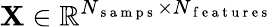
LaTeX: \mathbf{X}\in\mathbb{R}^{N_{\mathrm{~s~a~m~p~s~}}\times N_{\mathrm{~f~e~a~t~u~r~e~s~}}}